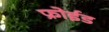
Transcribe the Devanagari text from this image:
फ्रोईड